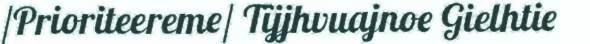
/Prioriteereme/ Tïjjhvuajnoe Gielhtie